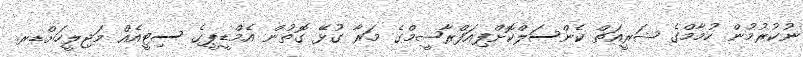
ނުކުރުމުން ހުމާމްގެ ޝަރީއަތް ކެންސަލްކޮށްފިއަފްރާޝީމްގެ މަރާ ގުޅޭ ގޮތުން އެމްޑީޕީގެ ސިޓީއެއް މަޖިލީހަށްޑރ.